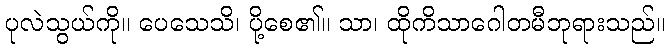
ပုလဲသွယ်ကို။ ပေသေသိ၊ ပို့စေ၏။ သာ၊ ထိုကိသာဂေါတမီဘုရားသည်။